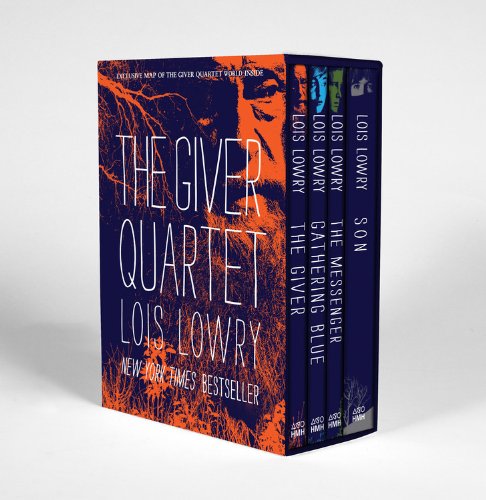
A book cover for The Giver Quartet boxed set; Lois Lowry; Teen & Young Adult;